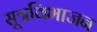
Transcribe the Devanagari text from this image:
सूत्रविभाजन